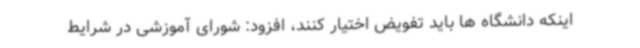
اینکه دانشگاه ها باید تفویض اختیار کنند، افزود: شورای آموزشی در شرایط